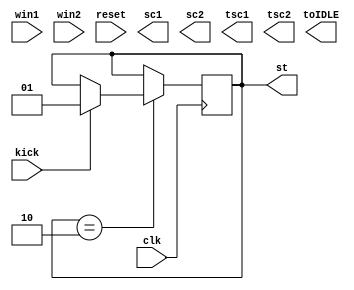
module score(clk, win1, win2, kick, reset, sc1, sc2, tsc1, tsc2, st, toIDLE);
	input clk, win1, win2, kick, reset;
	output reg[2:0] sc1, sc2;
	output reg[2:0] tsc1, tsc2;
	output reg[1:0] st;
	output reg toIDLE;
	
	reg cnt;
	reg [1:0] t1, t2;
	wire pedge1, pedge2;
	
	initial begin
		st = 2;
		t1 = 0; t2 = 0;
	end
	
	always @(posedge clk) begin
		t1[1] <= t1[0];
		t1[0] <= win1;
		t2[1] <= t2[0];
		t2[0] <= win2;
	end
	assign pedge1 = (!t1[1]) & t1[0];
	assign pedge2 = (!t2[1]) & t2[0];
	
	always @(posedge clk) begin
		if(st == 2) begin
			if(kick) begin
				//st = {$random} % 2;
				st = 1;
			end
		end else
		begin
		
		end
	end
endmodule